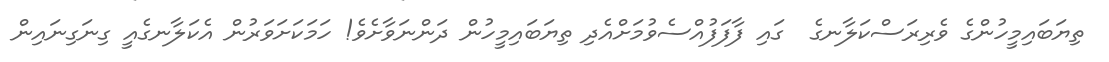
ތިޔަބައިމީހުންގެ ވެރިރަސްކަލާނގެ  ގައި ފާފަފުއްސެވުމަށްއެދި ތިޔަބައިމީހުން ދަންނަވާށެވެ! ހަމަކަށަވަރުން އެކަލާނގެއީ ގިނަގިނައިން